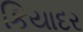
કિયાદર